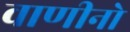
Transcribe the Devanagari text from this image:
वाणीनो